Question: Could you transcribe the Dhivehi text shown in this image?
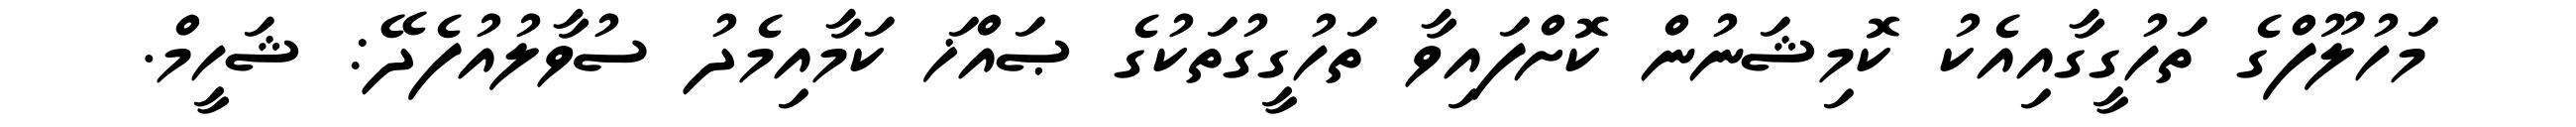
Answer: މަހުލޫފްގެ ތަހުގީގާއިއެކު ކޮމިޝަނުން ކޮށްފައިވާ ތަހުގީގުތަކުގެ ޞައްޚަ ކަމާއިމެދު ސުވާލުއުފެދޭ: ޝަހީމް.